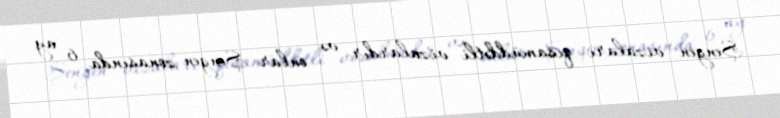
Şengen vizaları qısamüddətli vizalardır və onlar Şengen zonasında 6 ay